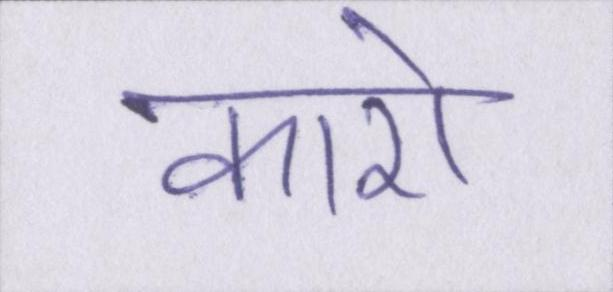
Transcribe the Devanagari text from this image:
कारो